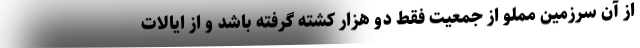
از آن سرزمین مملو از جمعیت فقط دو هزار کشته گرفته باشد و از ایالات